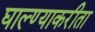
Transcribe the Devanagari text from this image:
घाल्ण्याकरीता